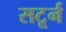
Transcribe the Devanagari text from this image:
सटूर्न